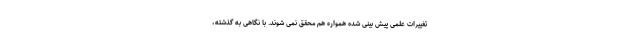
تغییرات علمی پیش بینی شده همواره هم محقق نمی شوند. با نگاهی به گذشته،